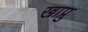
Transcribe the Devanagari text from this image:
खाप्रु